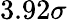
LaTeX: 3.92\sigma